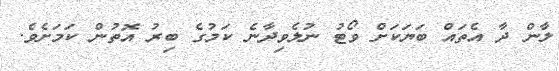
ލާން ދާ އެތައް ބަޔަކަށް ވޯޓު ނުލެވިދާނެ ކަމުގެ ބިރު އޮތުން ކަމަށެވެ.